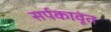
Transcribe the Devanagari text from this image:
सर्पकावूंत